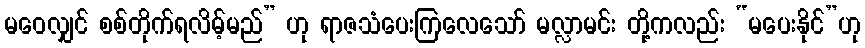
မဝေလျှင် စစ်တိုက်ရလိမ့်မည်” ဟု ရာဇသံပေးကြလေသော် မလ္လာမင်း တို့ကလည်း “မပေးနိုင်”ဟု